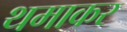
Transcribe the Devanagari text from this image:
थमाकर